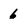
Character: 6